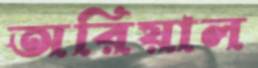
অরিয়াল